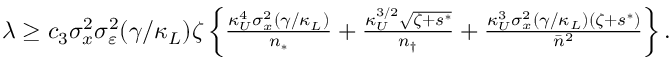
\begin{array} { r } { \lambda \ge c _ { 3 } \sigma _ { x } ^ { 2 } \sigma _ { \varepsilon } ^ { 2 } ( \gamma / \kappa _ { L } ) \zeta \left\{ \frac { \kappa _ { U } ^ { 4 } \sigma _ { x } ^ { 2 } ( \gamma / \kappa _ { L } ) } { n _ { * } } + \frac { \kappa _ { U } ^ { 3 / 2 } \sqrt { \zeta + s ^ { * } } } { n _ { \dagger } } + \frac { \kappa _ { U } ^ { 3 } \sigma _ { x } ^ { 2 } ( \gamma / \kappa _ { L } ) ( \zeta + s ^ { * } ) } { \bar { n } ^ { 2 } } \right\} . } \end{array}